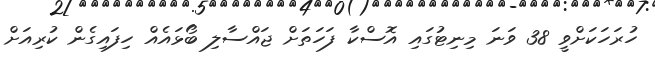
ހުރަހަކަށްވީ 38 ވަަނަ މިނިޓުގައި އޮސްކާ ފަހަތަށް ޖައްސާލި ބޯޅައެއް ހިފައިގެން ކުރިއަށް